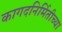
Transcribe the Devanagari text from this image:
कागदनिर्मितीच्या